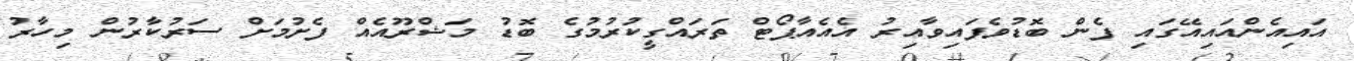
އައިއެންއައިއޭގައި ފެން ބޮޑުވެފައިވާއިރު އެއެއާޕޯޓް ތަރައްގީކުރުމުގެ ބޮޑު މަޝްރޫއެއް ފެށުމަށް ސަރުކާރުން މިހާރު